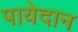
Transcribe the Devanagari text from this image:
पायेदान